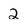
Character: 2